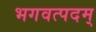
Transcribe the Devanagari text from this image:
भगवत्पदम्